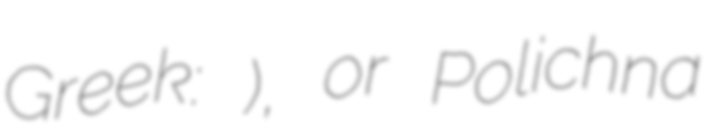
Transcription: Greek: Πολίχνη), or Polichna